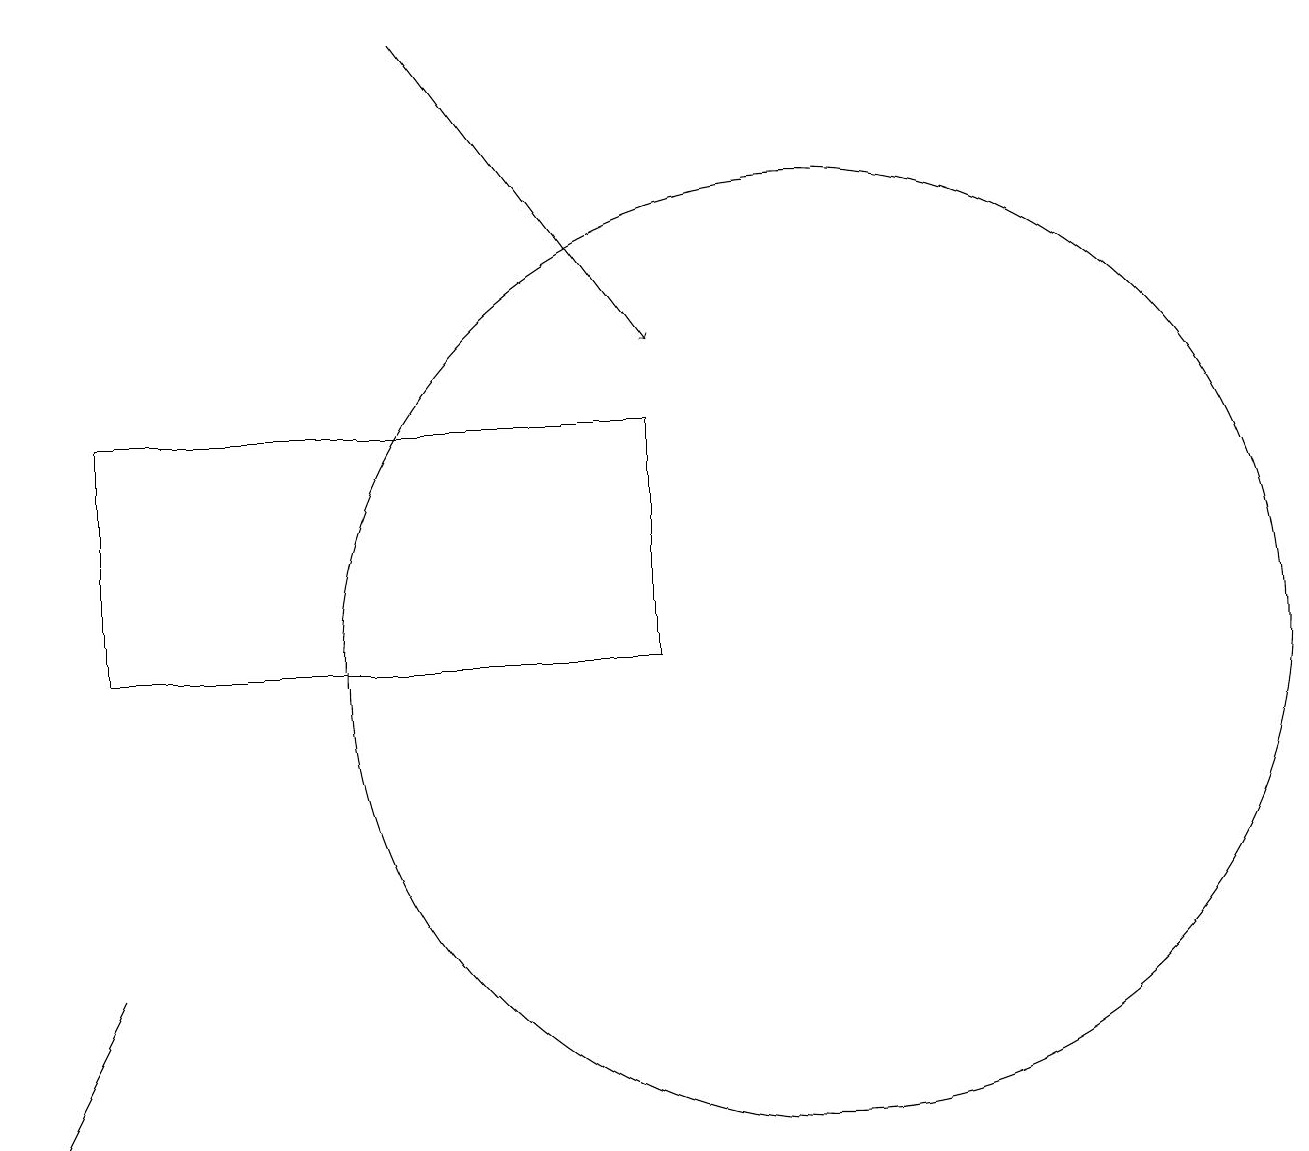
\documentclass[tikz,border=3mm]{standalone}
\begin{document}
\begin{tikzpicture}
\draw[->] (5,19) -- (8,15);
\draw (1,11) rectangle (7,11);
\draw (0,5) -- (1,7) -- (1,7) -- cycle;
\draw (1,14) rectangle (8,11);
\draw (10,11) circle (6);
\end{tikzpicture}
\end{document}